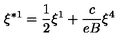
\xi ^ { \ast 1 } = \frac { 1 } { 2 } \xi ^ { 1 } + \frac { c } { e B } \xi ^ { 4 }